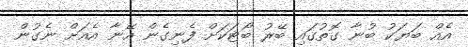
އެއް ބަޔަކު ބުނާ ގޮތުގައި ބޭރު ބޯޓަކަށް ފެނިގެން އޭނާ އެއަށް ނެގުން